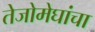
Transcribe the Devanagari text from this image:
तेजोमेघांचा